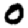
Digit: 0